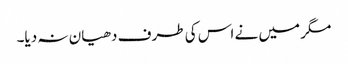
مگر میں نے اس کی طرف دھیان نہ دیا۔